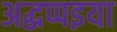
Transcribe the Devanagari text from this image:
अद्धप्पइया